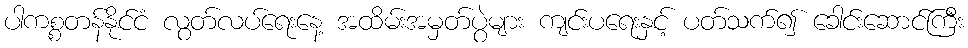
ပါကစ္စတန်နိုင်ငံ လွတ်လပ်ရေးနေ့ အထိမ်းအမှတ်ပွဲများ ကျင်းပရေးနှင့် ပတ်သက်၍ ခေါင်းဆောင်ကြီး